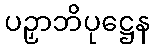
ပဉှာဘိပုဋ္ဌေန